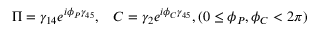
\Pi = \gamma _ { 1 4 } e ^ { i \phi _ { P } \gamma _ { 4 5 } } , \; \; \; C = \gamma _ { 2 } e ^ { i \phi _ { C } \gamma _ { 4 5 } } , ( 0 \leq \phi _ { P } , \phi _ { C } < 2 \pi )